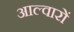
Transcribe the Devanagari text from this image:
आल्वारों